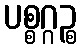
ပစ္စဂ္ဂဉ္စ